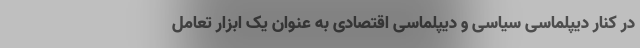
در کنار دیپلماسی سیاسی و دیپلماسی اقتصادی به عنوان یک ابزار تعامل